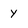
Character: Y